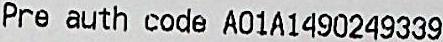
PRE AUTH CODE A01A1490249339